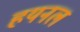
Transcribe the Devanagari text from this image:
हयनल